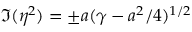
\Im ( \eta ^ { 2 } ) = \pm a ( \gamma - a ^ { 2 } / 4 ) ^ { 1 / 2 }